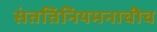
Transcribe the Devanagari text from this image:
संततिनियमनाचीच